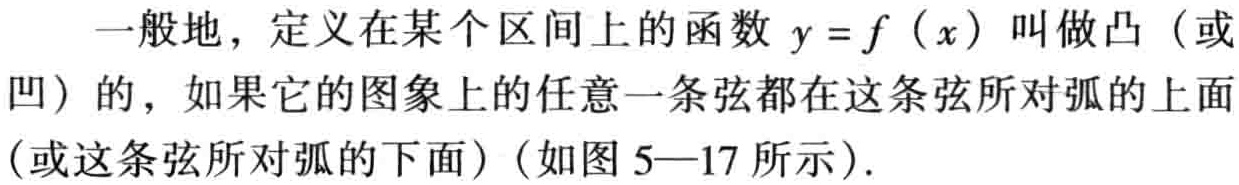
一般地，定义在某个区间上的函数 \(y = f(x)\) 叫做凸（或

凹）的，如果它的图象上的任意一条弦都在这条弦所对弧的上面

（或这条弦所对弧的下面）（如图 5—17 所示）.